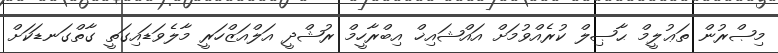
މިޞްރުން ތަޢުލީމް ޙާޞިލް ކުރެއްވުމަށް އައްޝައިޚް އިބްރާހީމް ރުޝްދީ އަލްއަޒްހަރީ މާލެވަޑައިގަތީ ގާތްގަނޑަކަށް